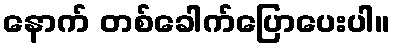
နောက် တစ်ခေါက်ပြောပေးပါ။